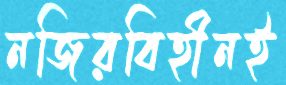
নজিরবিহীনই